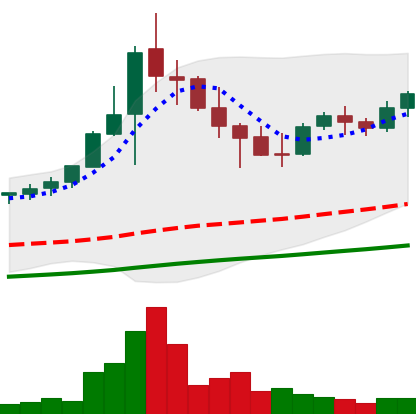
Ticker: NEO-USD
Chart end date: 2021-05-01
Forward return: 19.969%
Label: up_7plus